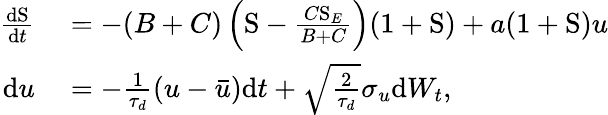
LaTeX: \begin{array}{rl}{\frac{\mathrm{d}\mathrm{S}}{\mathrm{d}t}}&{{}=-(B+C)\left(\mathrm{S}-\frac{C\mathrm{S}_{E}}{B+C}\right)(1+\mathrm{S})+a(1+\mathrm{S})u}\\ {\mathrm{d}u}&{{}=-\frac{1}{\tau_{d}}\left(u-\bar{u}\right)\mathrm{d}t+\sqrt{\frac{2}{\tau_{d}}}\sigma_{u}\mathrm{d}W_{t},}\end{array}